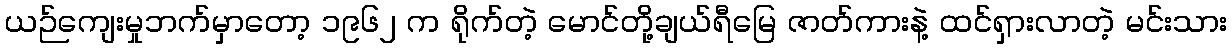
ယဉ်ကျေးမှုဘက်မှာတော့ ၁၉၆၂ က ရိုက်တဲ့ မောင်တို့ချယ်ရီမြေ ဇာတ်ကားနဲ့ ထင်ရှားလာတဲ့ မင်းသား